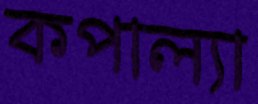
কপাল্যা